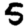
Digit: 5